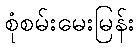
စုံစမ်းမေးမြန်း